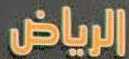
الرياض